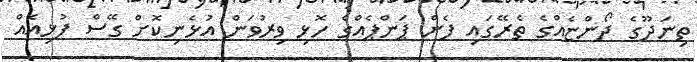
ތިނަދޫގެ ދޯންޏެއްގެ ތެރޭގައި ފެން ޕަންޕެއްގެ ހޮޅި ވިރުވަން އުޅެނިކޮށް ގޭސް ފުޅިއެއް